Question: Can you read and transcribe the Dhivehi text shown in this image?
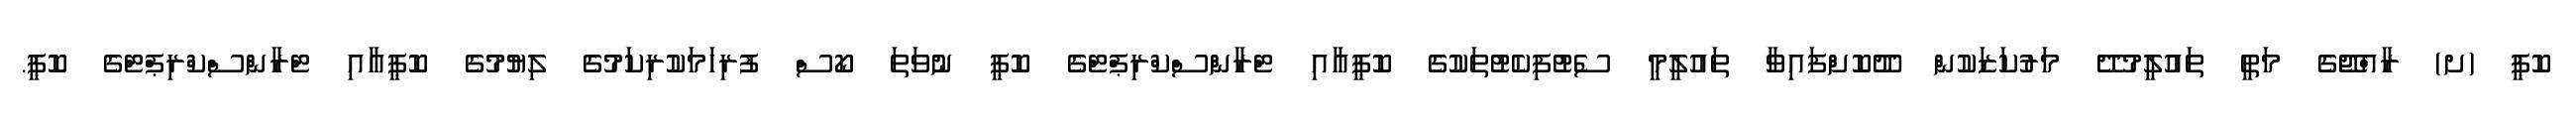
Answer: ކޮޕީ (ށ) ރާއްޖޭގެ މަތީ ތައުލީމުދޭ މަރުކަޒަކުން ދޫކޮށްފައިވާ ތައުލީމީ ސެޓުފިކެޓުތަކުގެ ކޮޕީއާއި ޓްރާންސްކްރިޕްޓްގެ ކޮޕީ ނުވަތަ ކޯސް ފުރިހަމަކުރިކަމުގެ ލިޔުމުގެ ކޮޕީއާއި ޓްރާންސްކްރިޕްޓްގެ ކޮޕީ.